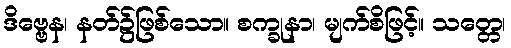
ဒိဗ္ဗေန၊ နတ်၌ဖြစ်သော။ စက္ခုနာ၊ မျက်စိဖြင့်။ သတ္တေ၊